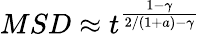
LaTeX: MSD\approx t^{\frac{1-\gamma}{2/(1+a)-\gamma}}